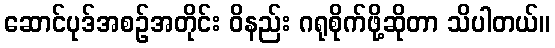
ဆောင်ပုဒ်အစဉ်အတိုင်း ဝိနည်း ဂရုစိုက်ဖို့ဆိုတာ သိပါတယ်။